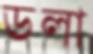
ডলা